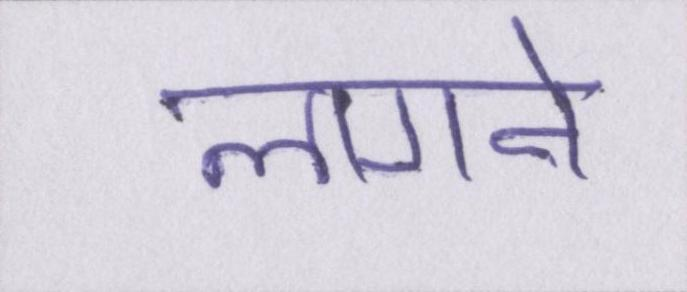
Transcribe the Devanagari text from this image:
लागने